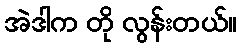
အဲဒါက တို လွန်းတယ်။